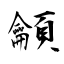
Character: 龥